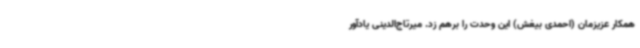
همکار عزیزمان (احمدی بیغش) این وحدت را برهم زد. میرتاج‌الدینی یادآور